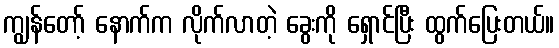
ကျွန်တော့် နောက်က လိုက်လာတဲ့ ခွေးကို ရှောင်ပြီး ထွက်ပြေးတယ်။